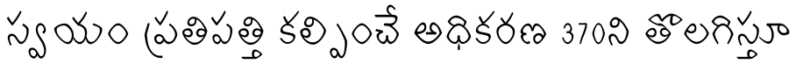
స్వయం ప్రతిపత్తి కల్పించే అధికరణ 370ని తొలగిస్తూ